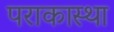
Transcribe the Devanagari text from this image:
पराकास्था